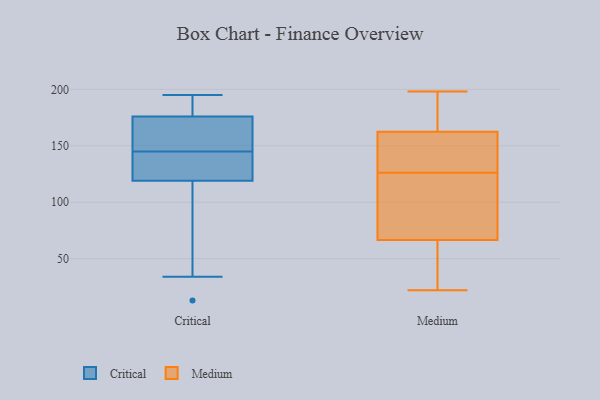
{"axis": {"x": "Humidity (%)", "y": "Value"}, "legend": ["Critical", "Medium"], "data": [{"x": "", "y": 145, "type": "Critical"}, {"x": "", "y": 176, "type": "Critical"}, {"x": "", "y": 119, "type": "Critical"}, {"x": "", "y": 192, "type": "Critical"}, {"x": "", "y": 183, "type": "Critical"}, {"x": "", "y": 56, "type": "Critical"}, {"x": "", "y": 13, "type": "Critical"}, {"x": "", "y": 172, "type": "Critical"}, {"x": "", "y": 34, "type": "Critical"}, {"x": "", "y": 142, "type": "Critical"}, {"x": "", "y": 167, "type": "Critical"}, {"x": "", "y": 195, "type": "Critical"}, {"x": "", "y": 145, "type": "Critical"}, {"x": "", "y": 124, "type": "Critical"}, {"x": "", "y": 77, "type": "Medium"}, {"x": "", "y": 22, "type": "Medium"}, {"x": "", "y": 107, "type": "Medium"}, {"x": "", "y": 149, "type": "Medium"}, {"x": "", "y": 42, "type": "Medium"}, {"x": "", "y": 146, "type": "Medium"}, {"x": "", "y": 63, "type": "Medium"}, {"x": "", "y": 179, "type": "Medium"}, {"x": "", "y": 167, "type": "Medium"}, {"x": "", "y": 126, "type": "Medium"}, {"x": "", "y": 198, "type": "Medium"}]}